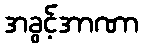
အခွင့်အာဏာ